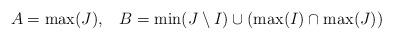
LaTeX: \begin{align*}A = \max(J), \, \, \, \, \, B = \min(J \setminus I) \cup (\max(I) \cap \max(J))\end{align*}